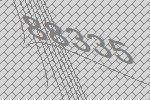
88335